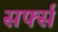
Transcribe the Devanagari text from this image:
सर्फ्स